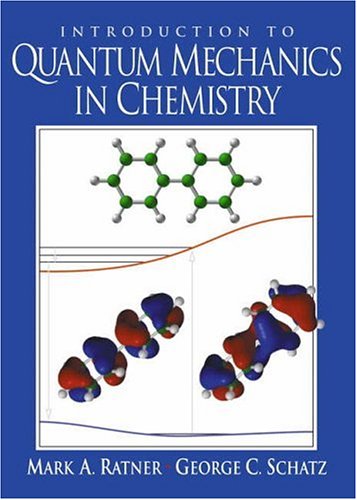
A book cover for Introduction to Quantum Mechanics in Chemistry; Mark A. Ratner; Science & Math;